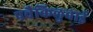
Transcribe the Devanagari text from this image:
पचैकिलुवाई